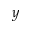
y